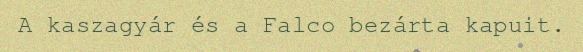
A kaszagyár és a Falco bezárta kapuit.